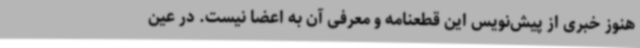
هنوز خبری از پیش‌نویس این قطعنامه و معرفی آن به اعضا نیست. در عین